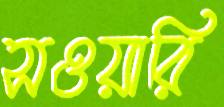
সওয়ারি